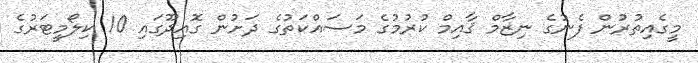
މީގެއިތުރުން ފެނުގެ ނިޒާމް ޤާއިމް ކުރުމުގެ މަސައްކަތުގެ ދަށުން ގޮއިދޫގައި 10 ކިލޯމީޓަރުގެ